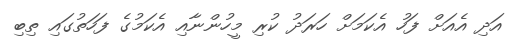
އަދި އެއަށް ފަހު އެކަމަށް ހަރަދު ކުރި މީހުންނާއި އެކަމުގެ ފަހަތުގައި ތިބި